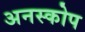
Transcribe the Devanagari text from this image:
अनस्कोप